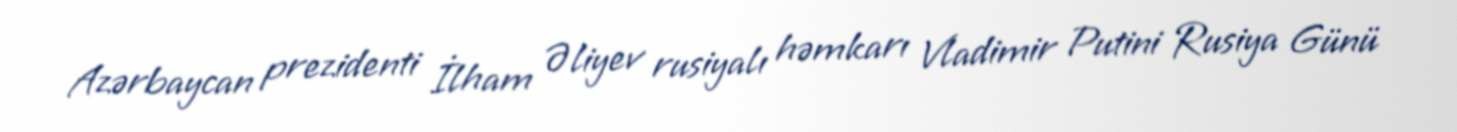
Azərbaycan prezidenti İlham Əliyev rusiyalı həmkarı Vladimir Putini Rusiya Günü